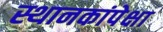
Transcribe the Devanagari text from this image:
स्थानकांपेक्षा